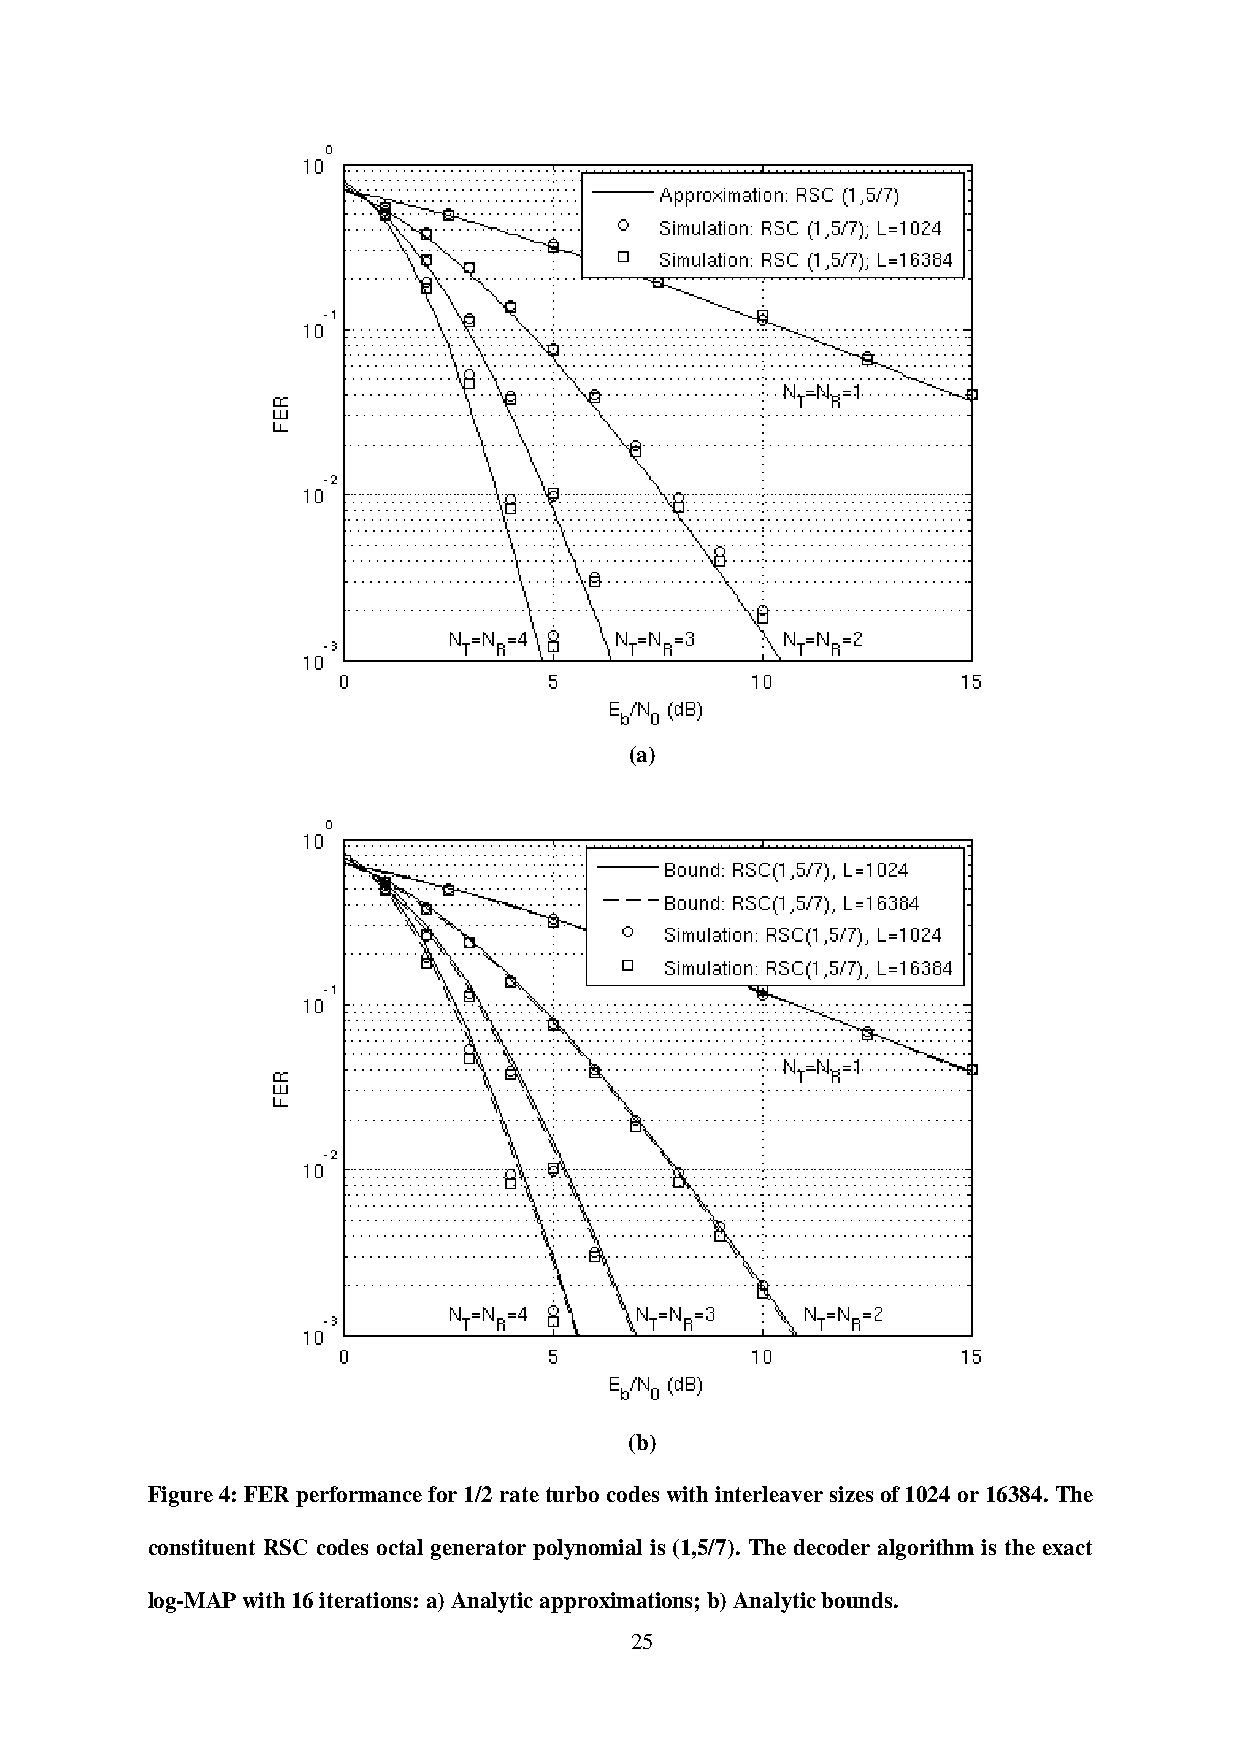
(a)
 (b)
 Figure 4: FER performance for 1/2 rate turbo codes with interleaver sizes of 1024 or 16384. The
 constituent RSC codes octal generator polynomial is (1,5/7). The decoder algorithm is the exact
 log-MAP with 16 iterations: a) Analytic approximations; b) Analytic bounds.
 25